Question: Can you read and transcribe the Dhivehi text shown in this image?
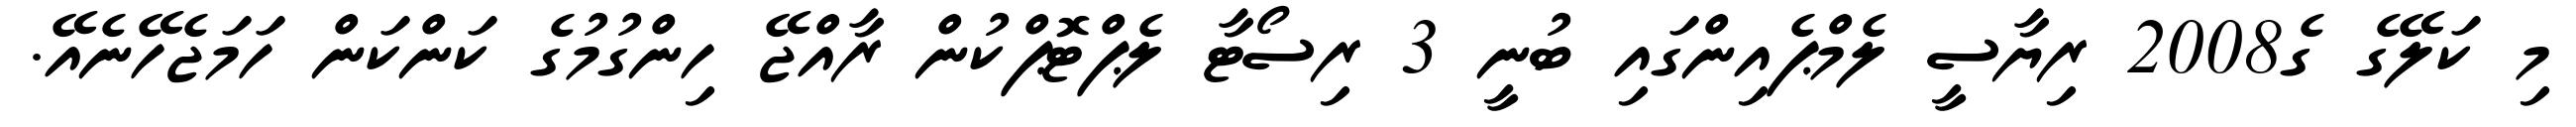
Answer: މި ކަލޭގެ ގެ2008 ރިޔާސީ ލެމްޕެއިންގައި ބުނީ 3 ރިސޯޓާ ލެޕްޓޮޕްކުން ރާއްޖޭ ހިންގުމުގެ ކަންކަން ހަމަޖެހޭނެއޭ.